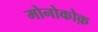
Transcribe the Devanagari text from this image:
मोनोकोक़